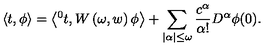
\left\langle t , \phi \right\rangle = \left\langle { ^ 0 t } , W \left( \omega , w \right) \phi \right\rangle + \sum _ { | \alpha | \leq \omega } \frac { c ^ { \alpha } } { \alpha ! } D ^ { \alpha } \phi ( 0 ) .